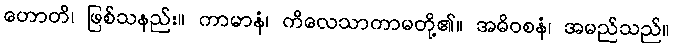
ဟောတိ၊ ဖြစ်သနည်း။ ကာမာနံ၊ ကိလေသာကာမတို့၏။ အဓိဝစနံ၊ အမည်သည်။